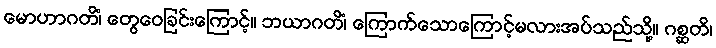
မောဟာဂတိံ၊ တွေဝေခြင်းကြောင့်။ ဘယာဂတိံ၊ ကြောက်သောကြောင့်မလားအပ်သည်သို့။ ဂစ္ဆတိ၊